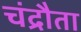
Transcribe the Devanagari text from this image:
चंद्रौता